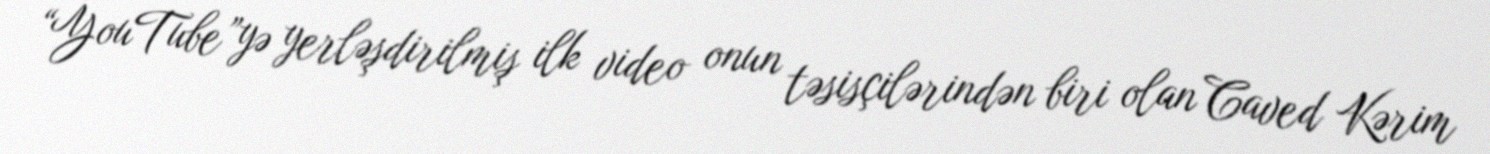
“YouTube”yə yerləşdirilmiş ilk video onun təsisçilərindən biri olan Caved Kərim